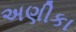
અણીકા